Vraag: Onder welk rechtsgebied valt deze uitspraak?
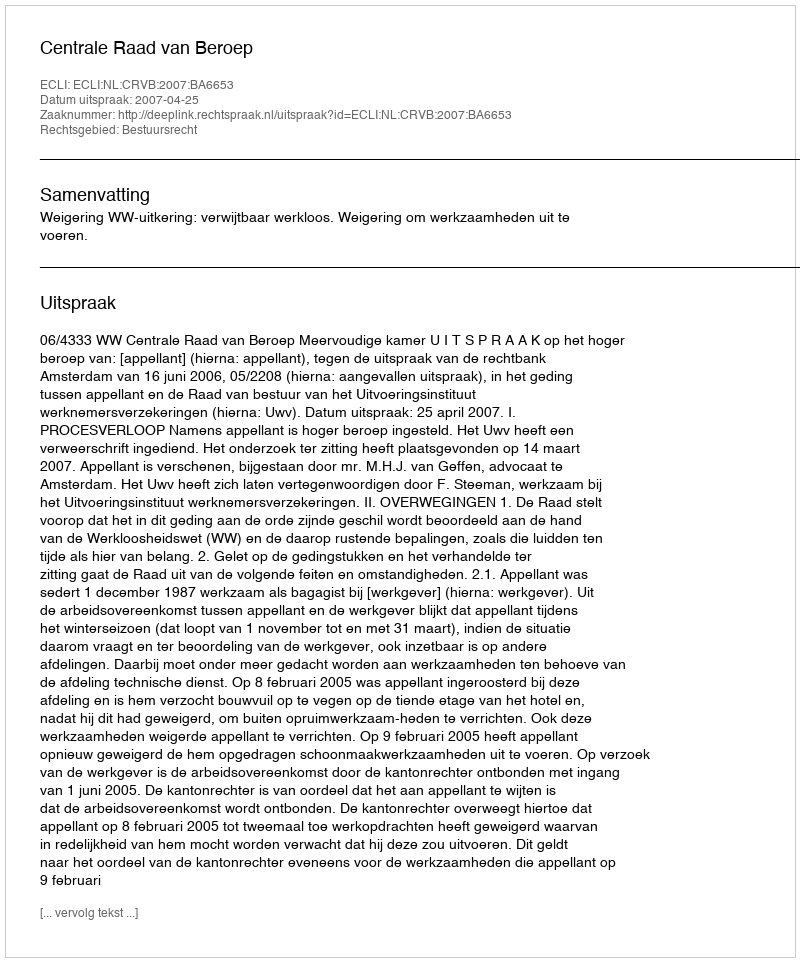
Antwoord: Bestuursrecht